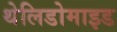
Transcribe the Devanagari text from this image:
थेलिडोमाइड